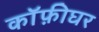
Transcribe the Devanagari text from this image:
कॉफ़ीघर